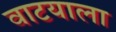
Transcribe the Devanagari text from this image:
वाटयाला